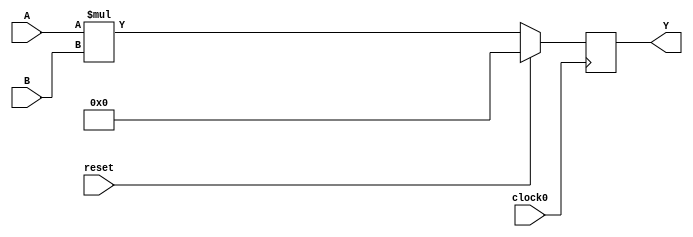
  `define EIGHT_MULT_20x18_UNSIGNED_REGOUT 2
module mult
(
  input reset,
  input clock0,
  input [0:19] A,
  input [0:17] B,
  output reg [0:37] Y
);

  always @(posedge clock0) begin
    if (reset) begin
      Y <= 0;
    end else begin
      Y <= A * B;
    end
  end
  
endmodule

module eight_mult_20x18_unsigned_regout
(
  input  reset,
  input  clock0,
  input  [0:$clog2(`EIGHT_MULT_20x18_UNSIGNED_REGOUT) - 1] id,
  input  [0:19] A,
  input  [0:17] B,
  output [0:37] Y
);
  wire [0:19] input_A  [0:`EIGHT_MULT_20x18_UNSIGNED_REGOUT-1];
  wire [0:17] input_B  [0:`EIGHT_MULT_20x18_UNSIGNED_REGOUT-1];
  wire [0:37] output_Y [0:`EIGHT_MULT_20x18_UNSIGNED_REGOUT-1];
  genvar i;
  generate
    for(i=0; i < `EIGHT_MULT_20x18_UNSIGNED_REGOUT; i=i+1)begin
    mult mult_instance
    (
      reset,
      clock0,
      input_A[i],
      input_B[i],
      output_Y[i]
    );
    if(i > 0)begin
      assign input_A[i] = output_Y[i-1][0:19];
      assign input_B[i] = output_Y[i-1][20:37];
    end
    end
  
  endgenerate
  assign input_A[0] = A;
  assign input_B[0] = B;
  assign Y = output_Y[id];


endmodule